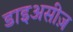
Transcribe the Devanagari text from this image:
डाइअसीज़